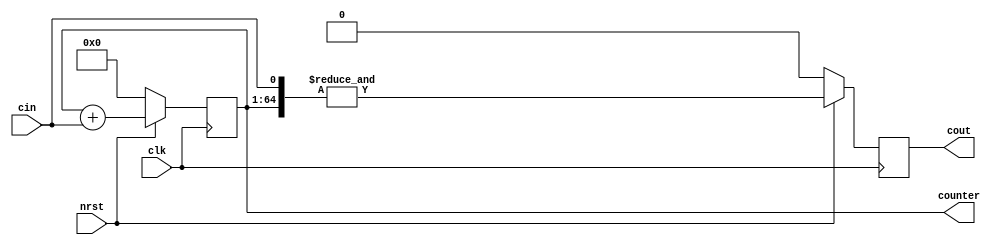
module rtl_cnt #(
    parameter N = 64
) (
    input wire clk,
    input wire nrst,
    input wire cin,
    output reg [N-1: 0] counter,
    output reg cout
);

always @(posedge clk) begin
    counter <= counter + cin;
    cout <= &{counter, cin};
    if (!nrst) begin
        counter <= '0;
        cout <= '0;
    end
end

endmodule